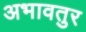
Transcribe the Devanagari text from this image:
अभावतुर